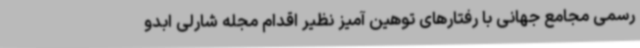
رسمی مجامع جهانی با رفتارهای توهین آمیز نظیر اقدام مجله شارلی ابدو